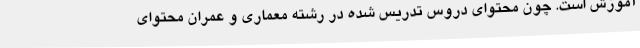
آموزش است. چون محتوای دروس تدریس شده در رشته معماری و عمران محتوای